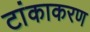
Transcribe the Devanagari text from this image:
टांकाकरण